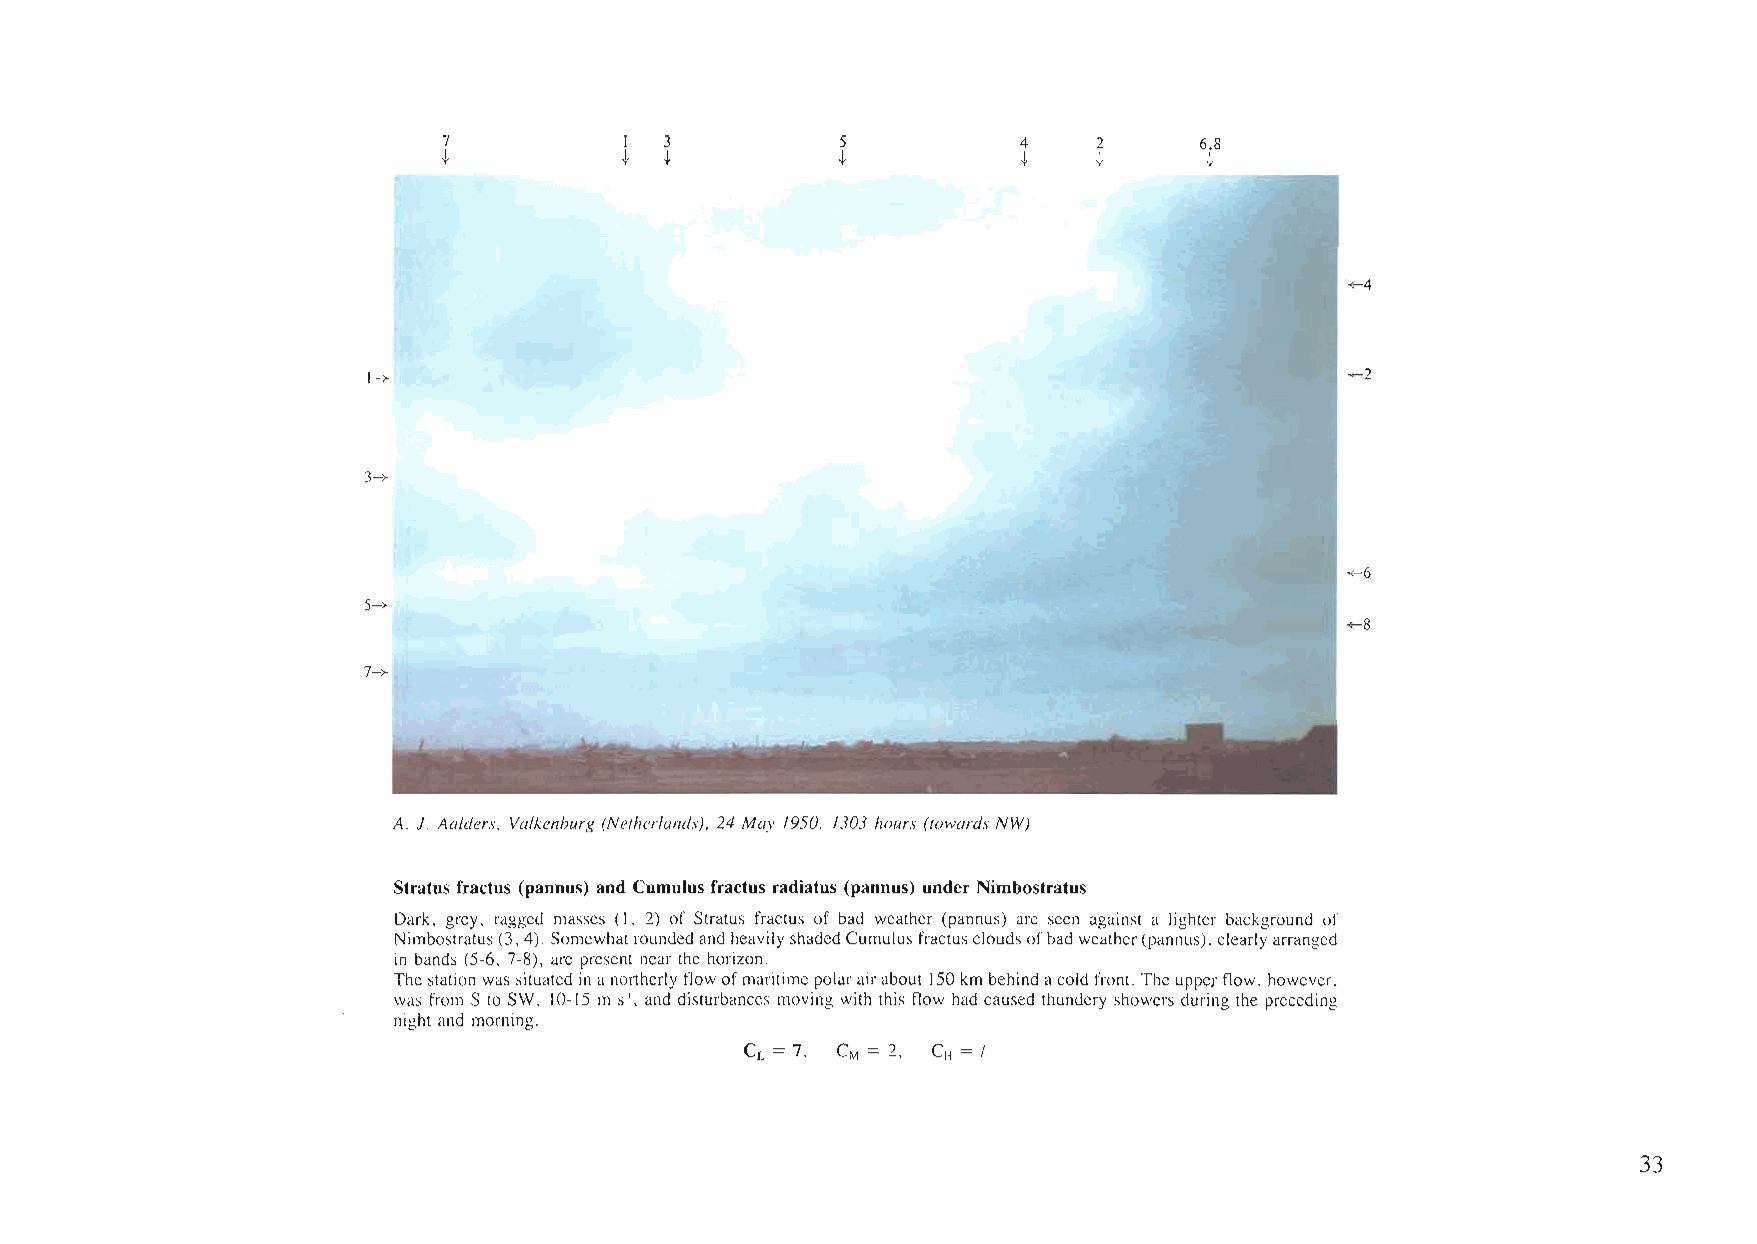
7           I  3           5          4     2     6.8
 -I-         -I- -I-        -I-         -I-  -I-    -I-
 -<-4
 1->                                                              +-2
 3-+
 -<-6
 5->
 -<-8
 7->
 A.1. Aa/ders. Valkenburg (Netherlands). 24 May 1950. 1303 hours (towards NW)
 Stratus fractus (pannus) and Cumulus fractus radiatus (pannus) under Nimbostratus
 Dark, grey, ragged masses (I, 2) of Stratus fractus of bad weathcr (pannus) are seen against a lighter background of
 Nimbostratus(3,4). SomewhatroundedandheavilyshadedCumulusfractus cloudsofbadweather(pannus).clearlyarranged
 in bands (5-6, 7-8), are present near thc horizon.
 Thcstationwas situated inanortherly flow ofmaritimepolarairabout 150km behindacoldfront. The upperflow, however,
 was from S to SW, 10-15 m s", and disturbances moving with this flow had caused thundery showers during the preceding
 night and morning.
 CL = 7, CM = 2, CH = /
 33